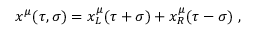
x ^ { \mu } ( \tau , \sigma ) = x _ { L } ^ { \mu } ( \tau + \sigma ) + x _ { R } ^ { \mu } ( \tau - \sigma ) \ ,